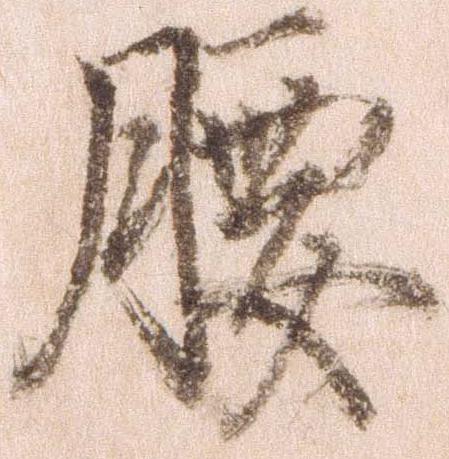
腰